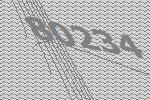
80234